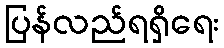
ပြန်လည်ရရှိရေး